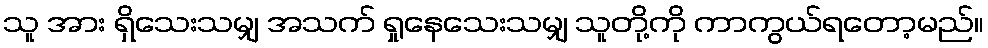
သူ အား ရှိသေးသမျှ အသက် ရှုနေသေးသမျှ သူတို့ကို ကာကွယ်ရတော့မည်။